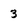
Character: 3